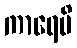
ကာရေမိ